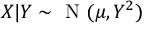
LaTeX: X | Y \sim { \textrm { N } } ( \mu , Y ^ { 2 } )